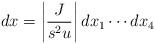
LaTeX: \begin{align*} dx = \left| \frac{J}{s^2u} \right| dx_1 \cdots dx_4\end{align*}